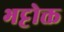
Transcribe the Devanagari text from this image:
भट्टोक्त